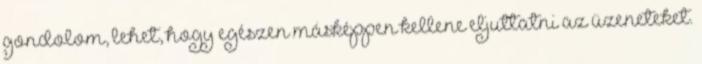
gondolom, lehet, hogy egészen másképpen kellene eljuttatni az üzeneteket.